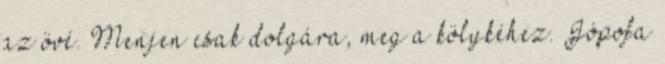
az övé. Menjen csak dolgára, meg a kölykéhez. Jópofa